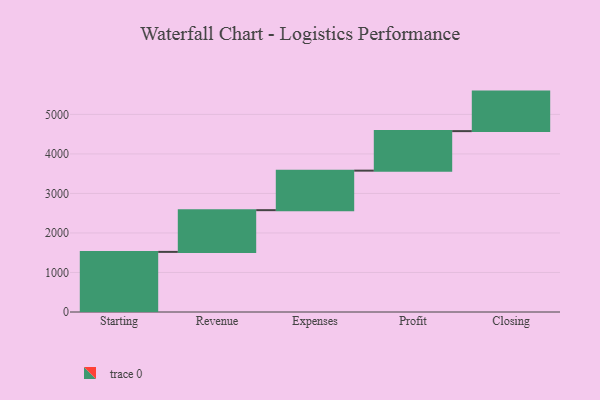
{"axis": {"x": "Step", "y": "Value"}, "legend": [""], "data": [{"x": "Starting", "y": 1521.0, "type": ""}, {"x": "Revenue", "y": 1056.0, "type": ""}, {"x": "Expenses", "y": 1000, "type": ""}, {"x": "Profit", "y": 1000, "type": ""}, {"x": "Closing", "y": 1000, "type": ""}]}